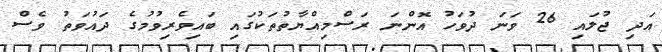
އަދި ޖުލައި 26 ވަނަ ދުވަހު އޮންނަ ރަސްމިއްޔާތުތަކުގައި ބައިވެރިވުމުގެ ދައުވަތު ވެސް